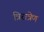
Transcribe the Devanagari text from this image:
त्रिरात्रेण